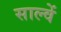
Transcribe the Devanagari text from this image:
साल्वें